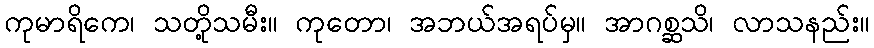
ကုမာရိကေ၊ သတို့သမီး။ ကုတော၊ အဘယ်အရပ်မှ။ အာဂစ္ဆသိ၊ လာသနည်း။